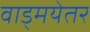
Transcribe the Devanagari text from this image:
वाड्मयेतर